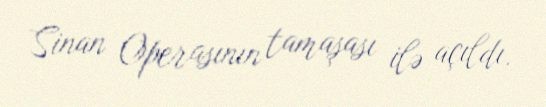
Sinan Operasının tamaşası ilə açıldı.